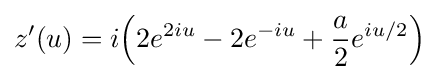
z'(u)=i{\Big (}2e^{2iu}-2e^{-iu}+{\frac {a}{2}}e^{iu/2}{\Big )}\;